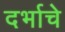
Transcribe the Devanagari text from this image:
दर्भाचे